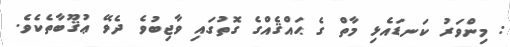
: މިންވަރު ކަނޑައެޅި މާތް ގެ ޙައްޤެއްގެ ގޮތުގައި ވާޖިބުވެ ދެވޭ ޢުޤޫބާތެކެވެ.